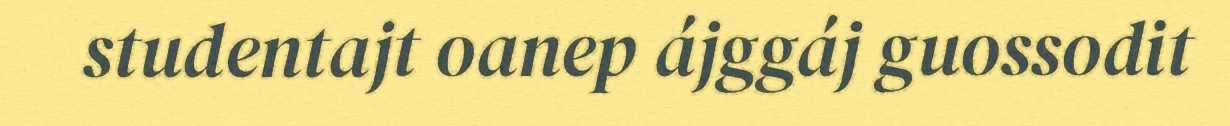
studentajt oanep ájggáj guossodit